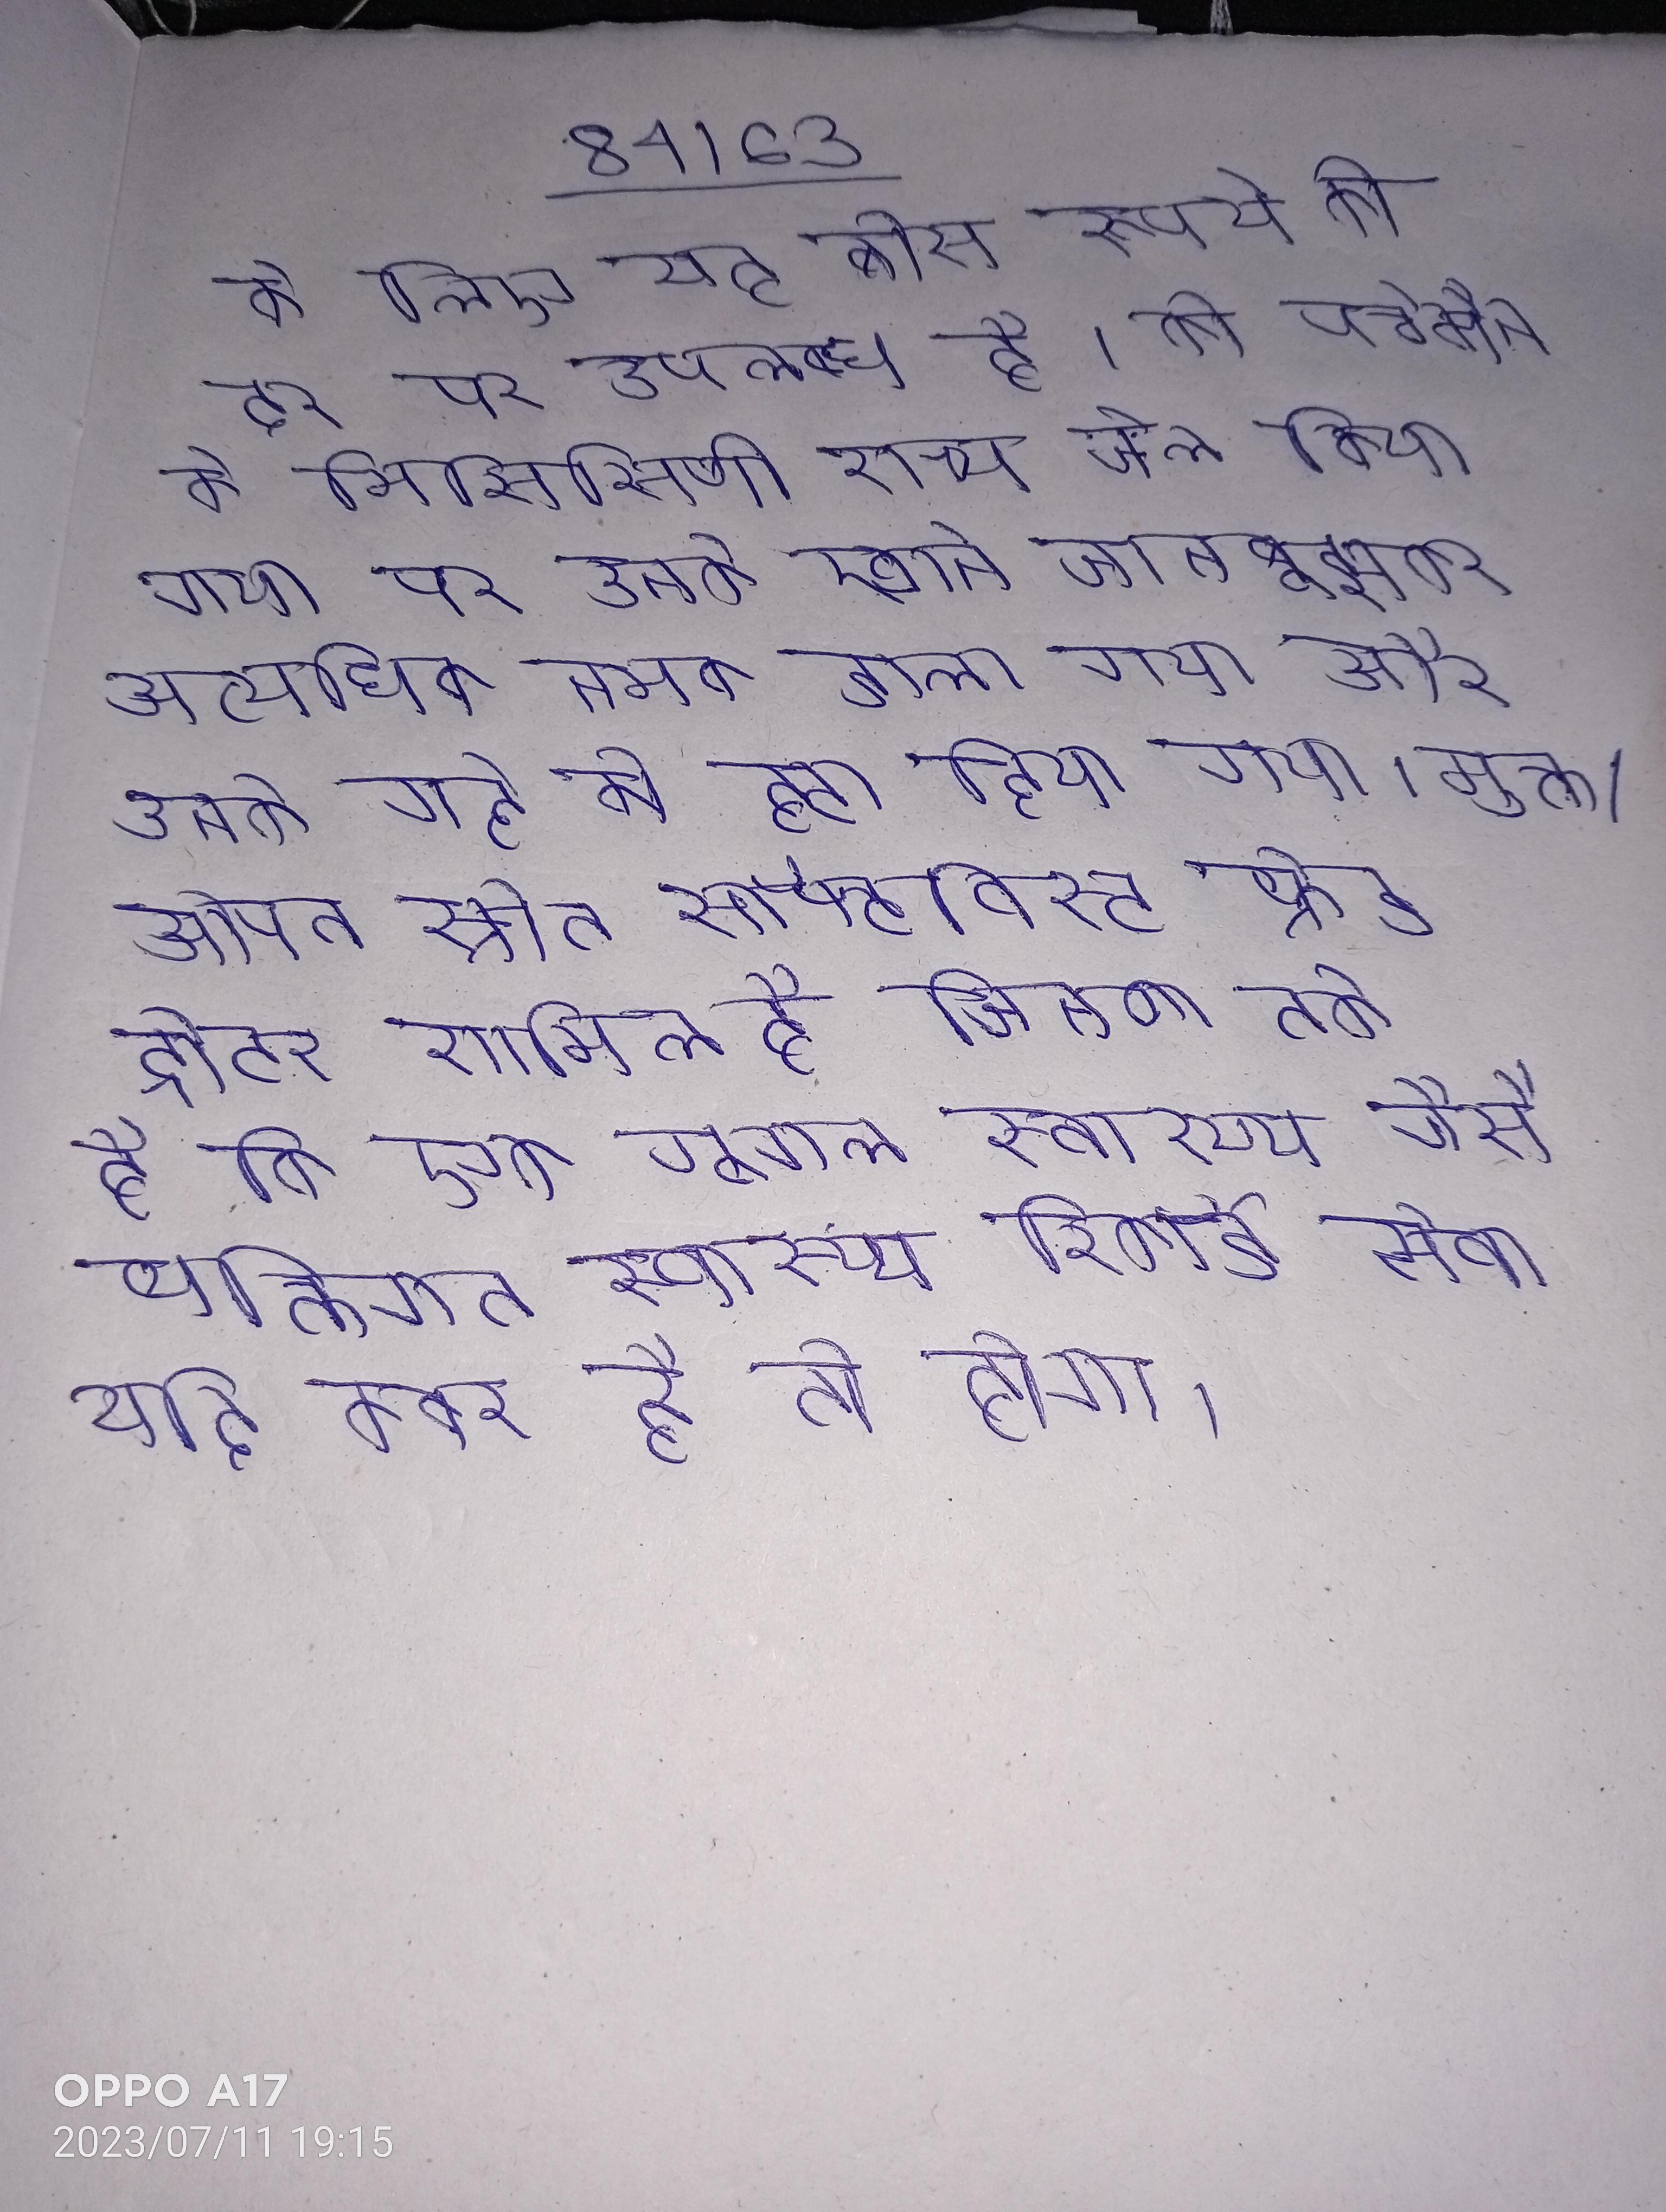
के लिए यह बीस रूपये की दर पर उपलब्ध है । को पर्चमैन के मिसिसिपी राज्य जेल किया गया पर उनके खाने जानबूझकर अत्यधिक नमक डाला गया और उनके गद्दे को हटा दिया गया । मुक्त/ओपन स्रोत सॉफ्टवेयर हेल्थकेयर एक्ट्विस्ट फ्रेड ट्रोटर शामिल है जिनका तर्क है कि एक गूगल स्वास्थ्य जैसे व्यक्तिगत स्वास्थ्य रिकॉर्ड सेवा यदि कवर है तो होगा ।